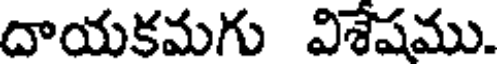
దాయకమగు విశేషము.